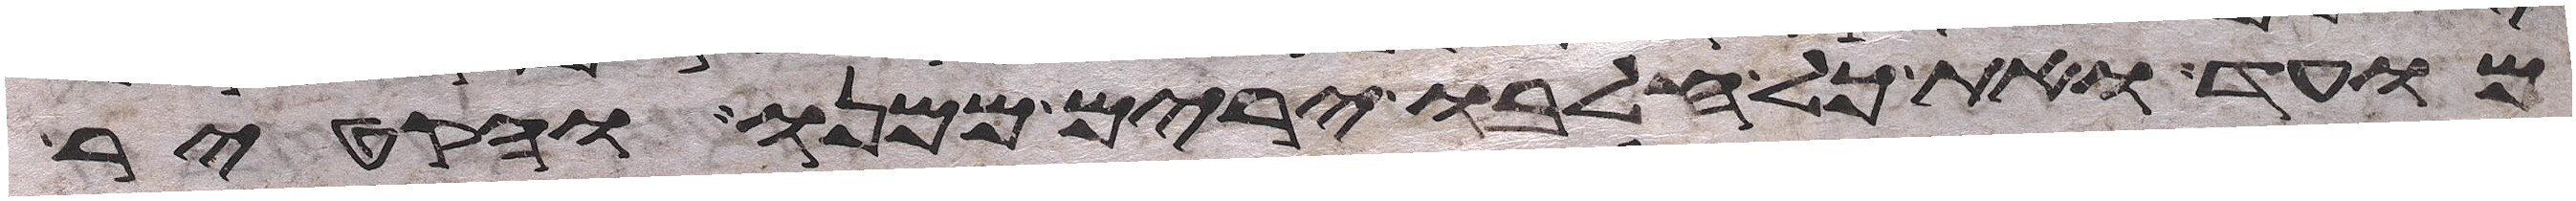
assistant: מועד ואת כל חלבו ירים ממנו והקטיר